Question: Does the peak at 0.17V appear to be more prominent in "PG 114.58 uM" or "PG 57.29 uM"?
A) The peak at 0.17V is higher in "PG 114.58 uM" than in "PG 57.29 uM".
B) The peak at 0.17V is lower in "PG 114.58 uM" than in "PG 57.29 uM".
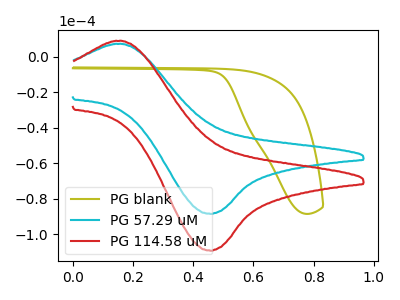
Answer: <think>The olive curve "PG blank" has no peaks. The cyan curve "PG 57.29 uM" has an anodic peak at (0.15V, 7.05uA) and a cathodic peak at (0.45V, -88.55uA). The red curve "PG 114.58 uM" has an anodic peak at (0.15V, 8.70uA) and a cathodic peak at (0.45V, -109.30uA).</think>
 <answer>A) The peak at 0.17V is higher in "PG 114.58 uM" than in "PG 57.29 uM".</answer>
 <eval>A</eval>